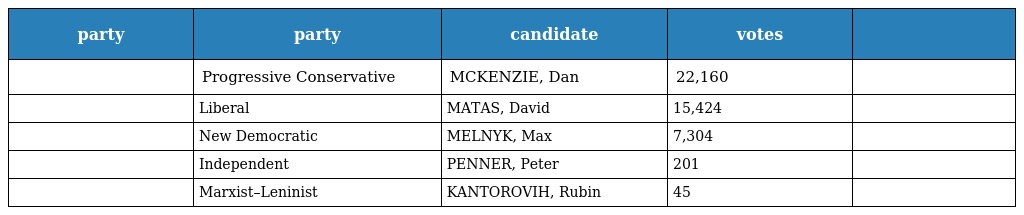
| party | party | candidate | votes |  |
 | --- | --- | --- | --- | --- |
 |  | Progressive Conservative | MCKENZIE, Dan | 22,160 |  |
 |  | Liberal | MATAS, David | 15,424 |  |
 |  | New Democratic | MELNYK, Max | 7,304 |  |
 |  | Independent | PENNER, Peter | 201 |  |
 |  | Marxist–Leninist | KANTOROVIH, Rubin | 45 |  |